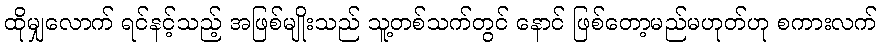
ထိုမျှလောက် ရင်နင့်သည့် အဖြစ်မျိုးသည် သူ့တစ်သက်တွင် နောင် ဖြစ်တော့မည်မဟုတ်ဟု စကားလက်